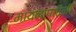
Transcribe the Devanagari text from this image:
मायनापतीनी